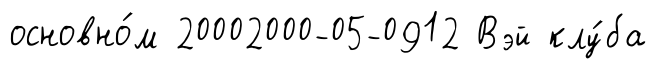
основно́м 20002000-05-0912 Вэй клу́ба